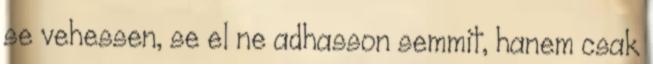
se vehessen, se el ne adhasson semmit, hanem csak